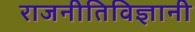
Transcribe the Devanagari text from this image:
राजनीतिविज्ञानी